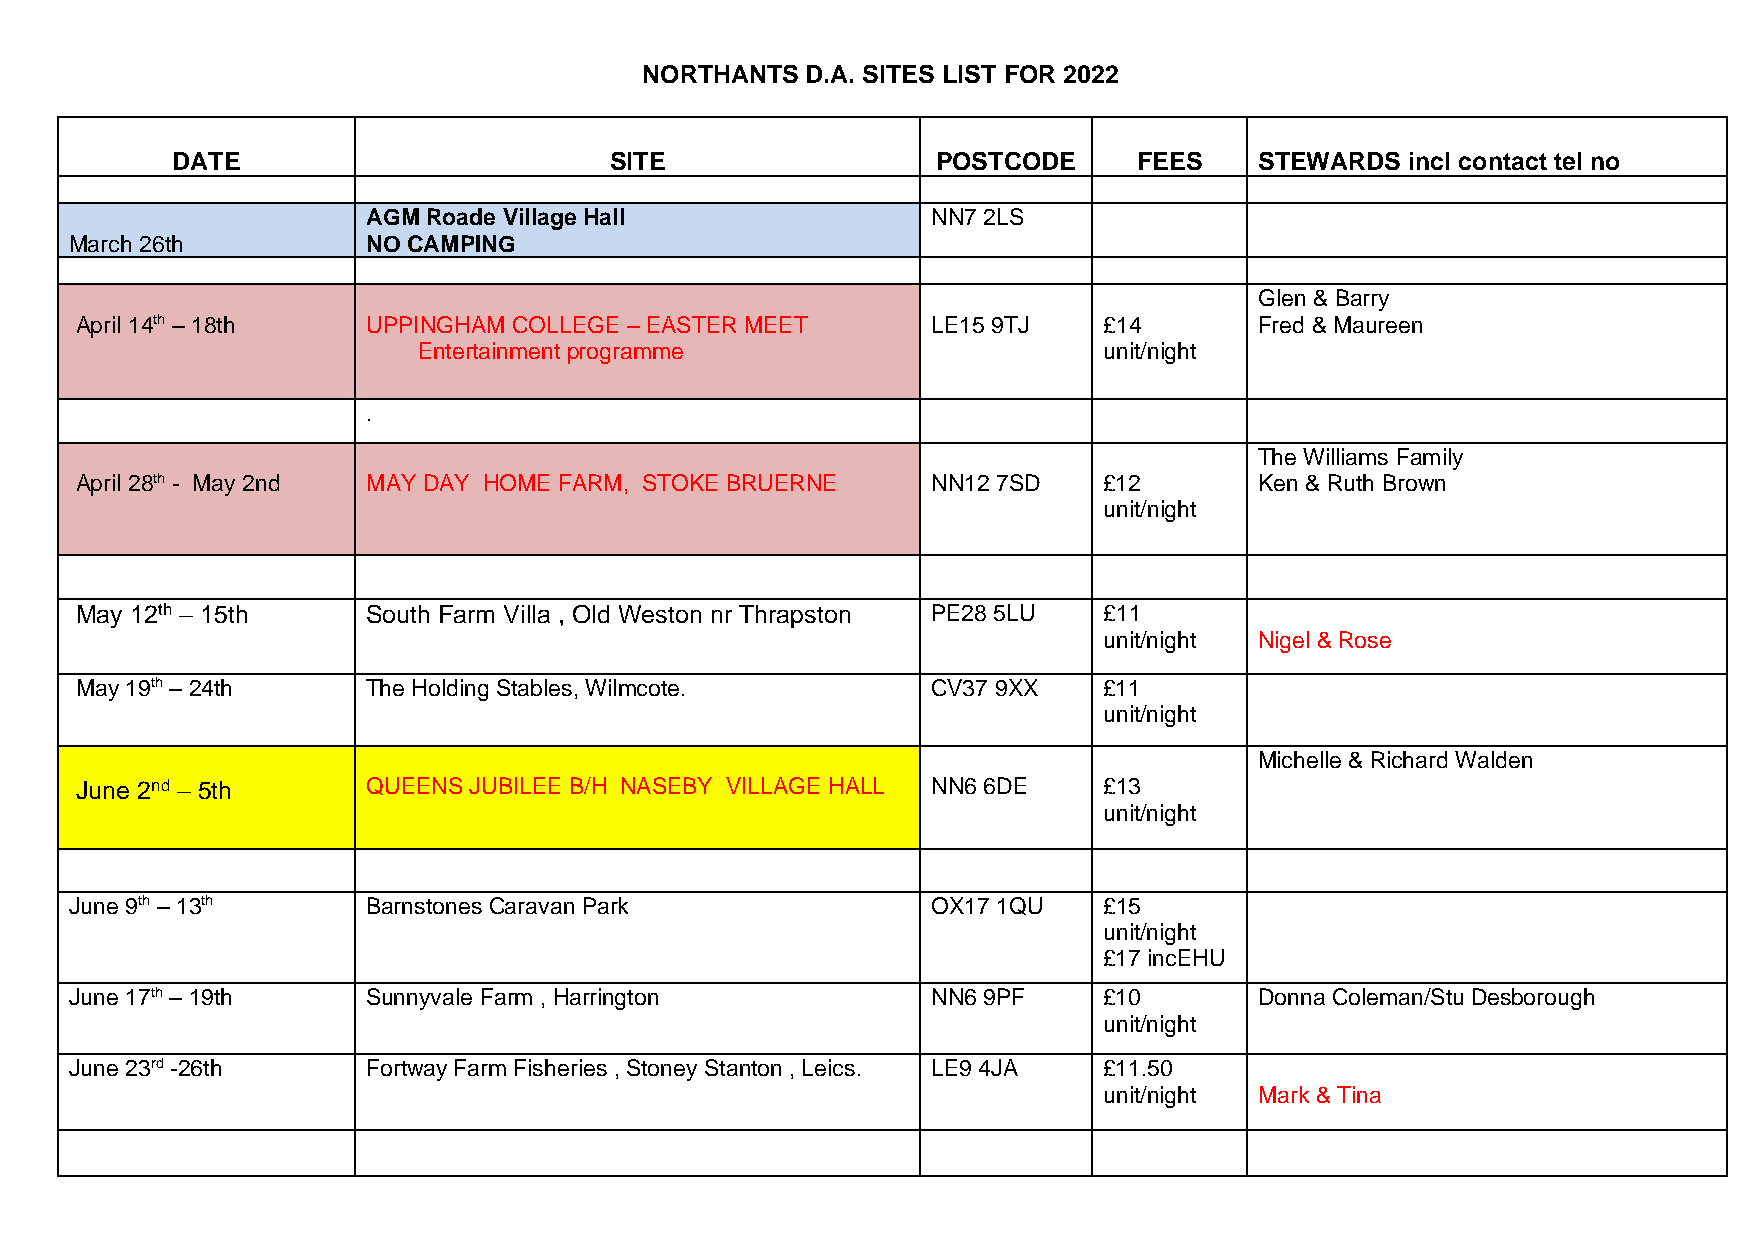
NORTHANTS D.A. SITES LIST FOR 2022
 DATE                         SITE                  POSTCODE     FEES    STEWARDS  incl contact tel no
 AGM Roade Village Hall                NN7 2LS
 March 26th         NO CAMPING
 Glen & Barry
 April 14th – 18th  UPPINGHAM COLLEGE – EASTER MEET       LE15 9TJ   £14       Fred & Maureen
 Entertainment programme                      unit/night
 .
 The Williams Family
 April 28th - May 2nd MAY DAY HOME FARM, STOKE BRUERNE    NN12 7SD   £12       Ken & Ruth Brown
 unit/night
 May 12th – 15th    South Farm Villa , Old Weston nr Thrapston PE28 5LU £11
 unit/night Nigel & Rose
 May 19th – 24th    The Holding Stables, Wilmcote.        CV37 9XX   £11
 unit/night
 Michelle & Richard Walden
 June 2nd – 5th     QUEENS JUBILEE B/H NASEBY VILLAGE HALL NN6 6DE   £13
 unit/night
 June 9th – 13th    Barnstones Caravan Park               OX17 1QU   £15
 unit/night
 £17 incEHU
 June 17th – 19th   Sunnyvale Farm , Harrington           NN6 9PF    £10       Donna Coleman/Stu Desborough
 unit/night
 June 23rd -26th    Fortway Farm Fisheries , Stoney Stanton , Leics. LE9 4JA £11.50
 unit/night Mark & Tina